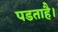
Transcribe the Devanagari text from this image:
पडताहै।